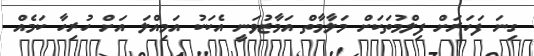
ގިނަ ފަހަރަށް ފިލްމުތަކަށް މަލާމާތް އަމާޒުވަނީ އެކަކު އަމިއްލަ އަށް ހުރިހާ ކަމެއް